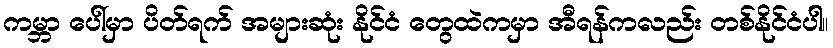
ကမ္ဘာ ပေါ်မှာ ပိတ်ရက် အများဆုံး နိုင်ငံ တွေထဲကမှာ အီရန်ကလည်း တစ်နိုင်ငံပါ။